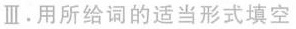
Ⅲ.用所给词的适当形式填空